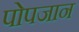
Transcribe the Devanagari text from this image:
पोपजान